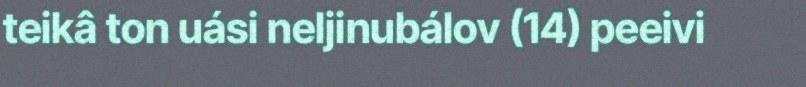
teikâ ton uási neljinubálov (14) peeivi